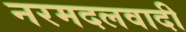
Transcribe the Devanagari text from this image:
नरमदलवादी